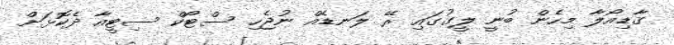
ގާޑިއޯލާ މިހެން ބުނީ ލީގުގައި ރޭ ލަނޑެއް ނުޖެހި ސްޓޯކް ސިޓީއާ ދެކޮޅަށް